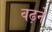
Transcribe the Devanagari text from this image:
वढ़ने